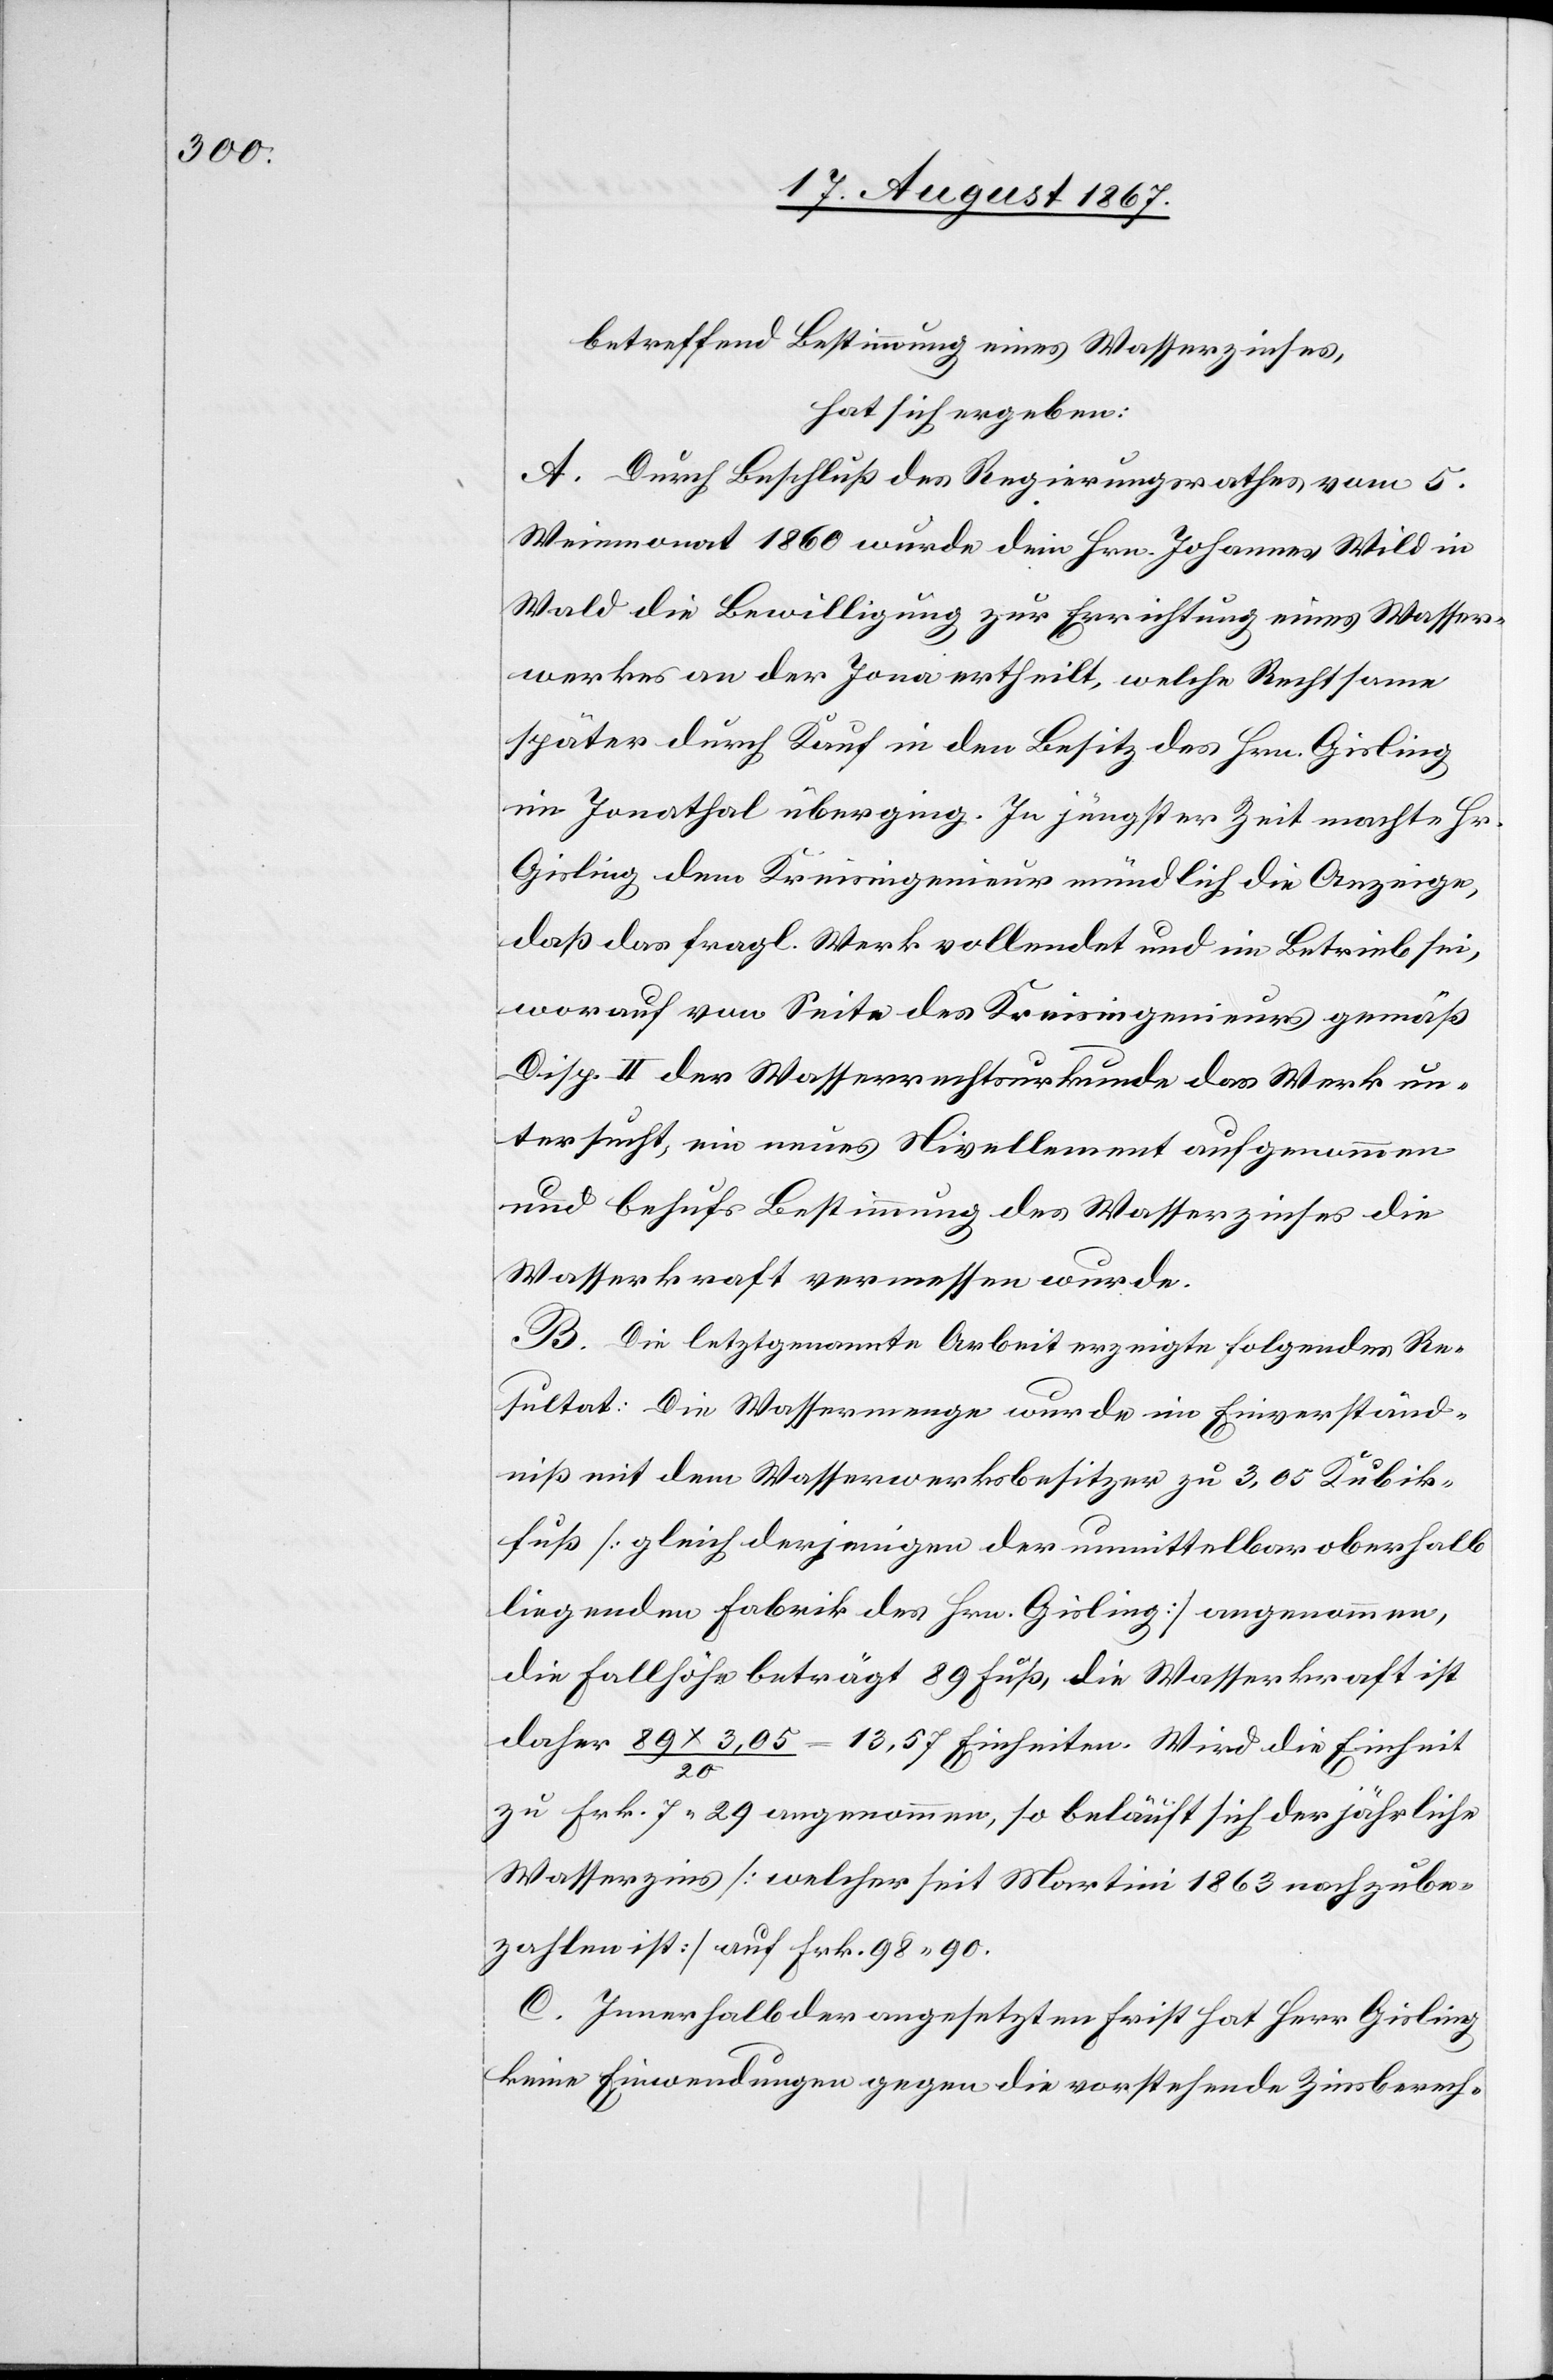
betreffend Bestimmung eines Wasserzinses,
hat sich ergeben:
A. Durch Beschluß des Regierungsrathes vom 5.
Weinmonat 1860 wurde dem Hrn. Johannes Wild in
Wald die Bewilligung zur Errichtung eines Wasser¬
werkes an der Jona ertheilt, welche Rechtsame
später durch Kauf in den Besitz des Hrn. Gisling
im Jonathal überging. In jüngster Zeit machte Hr.
Gisling dem Kreisingenieur mündlich die Anzeige,
daß das fragl. Werk vollendet und im Betrieb sei,
worauf von Seite des Kreisingenieurs gemäß
Disp. II der Wasserrechtsurkunde das Werk un¬
tersucht, ein neues Nivellement aufgenommen
und behufs Bestimmung des Wasserzinses die
Wasserkraft vermessen wurde.
B. Die letztgenannte Arbeit erzeigte folgendes Re¬
sultat: Die Wassermenge wurde im Einverständ¬
nis mit dem Wasserwerksbesitzer zu 3,05 Kubik¬
fuß [gleich derjenigen der unmittelbar oberhalb
liegenden Fabrik des Hrn. Gisling] angenommen,
die Fallhöhe beträgt 39 Fuß, die Wasserkraft ist
daher 89 x 3,05/20 = 13,57 Einheiten. Wird die Einheit
zu Frk. 7.29 angenommen, so beläuft sich der jährliche
Wasserzins [welcher seit Martini 1863 nachzube¬
zahlen ist] auf Fr. 98.90.
C. Innerhalb der angesetzten Frist hat Herr Gisling
keine Einwendungen gegen die vorstehende Zinsberech-